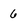
Character: 6